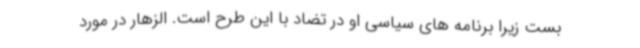
بست زیرا برنامه های سیاسی او در تضاد با این طرح است. الزهار در مورد